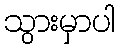
သွားမှာပါ